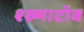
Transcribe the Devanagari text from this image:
श्ख्माटॉव